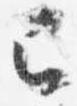
已